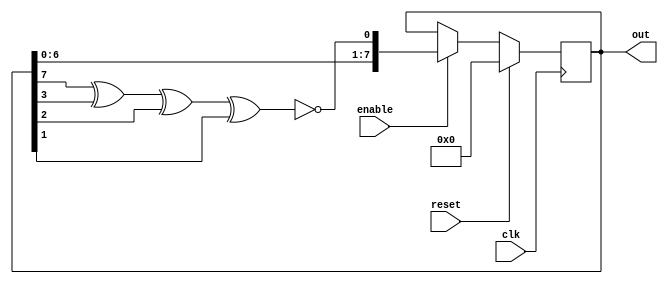
`timescale 1ns / 1ps
//////////////////////////////////////////////////////////////////////////////////
// Company: 
// Engineer: 
// 
// Design Name: 
// Module Name:    traffic 
// Project Name: 
// Target Devices: 
// Tool versions: 
// Description: 
//
// Dependencies: 
//
// Revision: 
// Revision 0.01 - File Created
// Additional Comments: 
//
//////////////////////////////////////////////////////////////////////////////////
module trafficR10(
out             ,  // Output of the counter
enable          ,  // Enable  for counter
clk             ,  // clock input
reset              // reset input
);

//----------Output Ports--------------
output [7:0] out;
//------------Input Ports--------------
//input [7:0] data;
input enable, clk, reset;
//------------Internal Variables--------
reg [7:0] out;
wire        linear_feedback;

//-------------Code Starts Here-------
assign linear_feedback = !(out[7] ^ out[3]^out[2]^out[1]);

always @(posedge clk)
if (reset) begin // active high reset
  out <= 8'b0 ;
end else if (enable) begin
  out <= {out[6],out[5],
          out[4],out[3],
          out[2],out[1],
          out[0], linear_feedback};
end 

endmodule // End Of Module counter